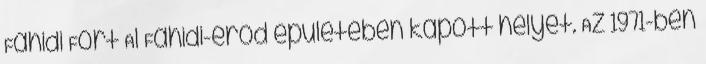
Fahidi Fort Al Fahidi-erőd épületében kapott helyet. Az 1971-ben